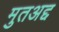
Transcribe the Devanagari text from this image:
मुतअद्द